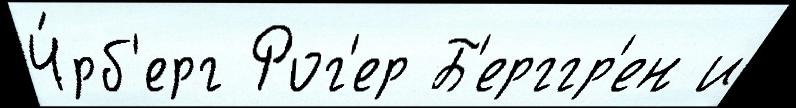
Ч́рб'ерг Рог'ер Б'ерггр'ен и